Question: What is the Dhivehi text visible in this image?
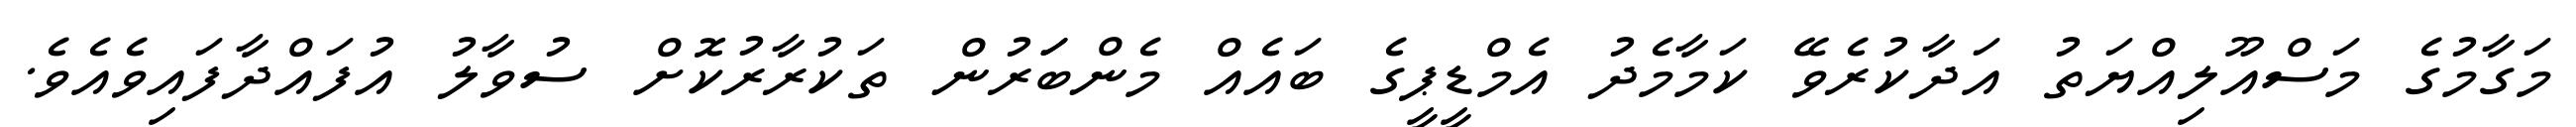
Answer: މަގާމުގެ މަސްއޫލިއްޔަތު އަދާކުރެވޭ ކަމާމެދު އެމްޑީޕީގެ ބައެއް މެންބަަރުން ތަކުރާރުކޮށް ސުވާލު އުފައްދާފައިވެއެވެ.